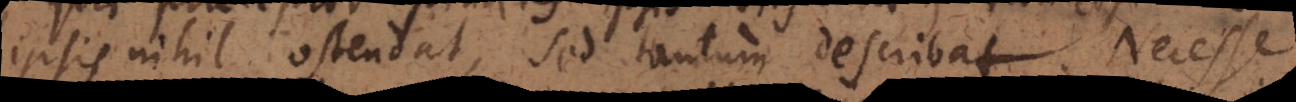
ipsis nihil ostendat, sed tantum describat. Necesse